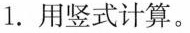
1.用竖式计算。